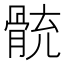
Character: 𩩁